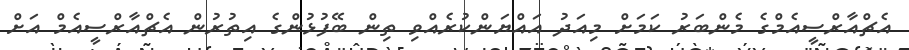
އެޗްއާރްސީއެމްގެ މެންބަރު ކަމަށް މިއަދު އައްޔަންކުރެއްވި ތިން ބޭފުޅުންގެ އިތުރުން އެޗްއާރްސީއެމް އަށް